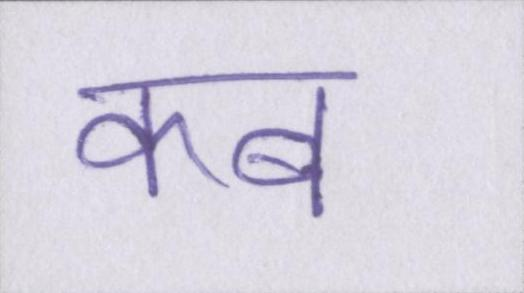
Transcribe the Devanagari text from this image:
कब